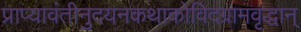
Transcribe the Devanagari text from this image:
प्राप्यावंतीनुदयनकथाकोविदग्रामवृद्धान्